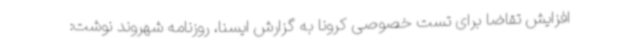
افزایش تقاضا برای تست خصوصی کرونا به گزارش ایسنا، روزنامه شهروند نوشت: